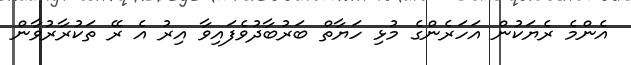
އެންމެ ރެޔަކުން އަހަރެންގެ މުޅި ހަޔާތް ބަރުބާދުވެފައިވާ އިރު އެ ރޭ ތަކުރާރުވާން